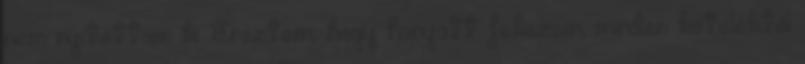
nem nyitottam ki. Éreztem, hogy hanyatt fekszem, minden köteléktől